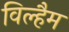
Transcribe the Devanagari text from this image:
विल्हैम